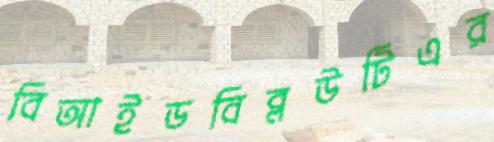
বিআইডবিব্লউটিএর